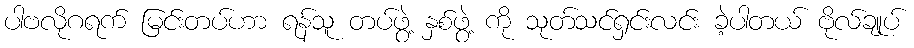
ပါဗလိုဂရက် မြင်းတပ်ဟာ ရန်သူ တပ်ဖွဲ့ နှစ်ဖွဲ့ ကို သုတ်သင်ရှင်းလင်း ခဲ့ပါတယ် ဗိုလ်ချုပ်